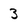
Character: 3